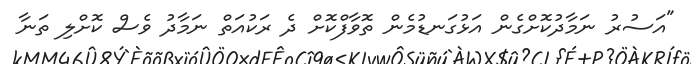
"އަސުރު ނަމާދުކޮށްގެން އަޅުގަނޑުމެން ތޮވާފްކޮށް ދެ ރަކުއަތް ނަމާދު ވެސް ކޮށްލި ތަނާ